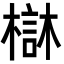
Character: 㯎